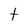
Character: t